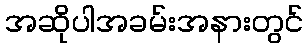
အဆိုပါအခမ်းအနားတွင်